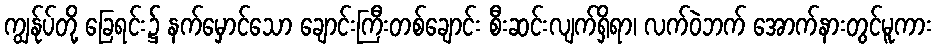
ကျွန်ုပ်တို့ ခြေရင်း၌ နက်မှောင်သော ချောင်းကြီးတစ်ချောင်း စီးဆင်းလျက်ရှိရာ၊ လက်ဝဲဘက် အောက်နားတွင်မူကား